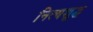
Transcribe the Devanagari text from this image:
नित्यशुद्ध